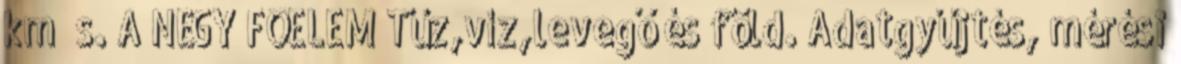
km s. A NÉGY FŐELEM Tűz,víz,levegő és föld. Adatgyűjtés, mérési